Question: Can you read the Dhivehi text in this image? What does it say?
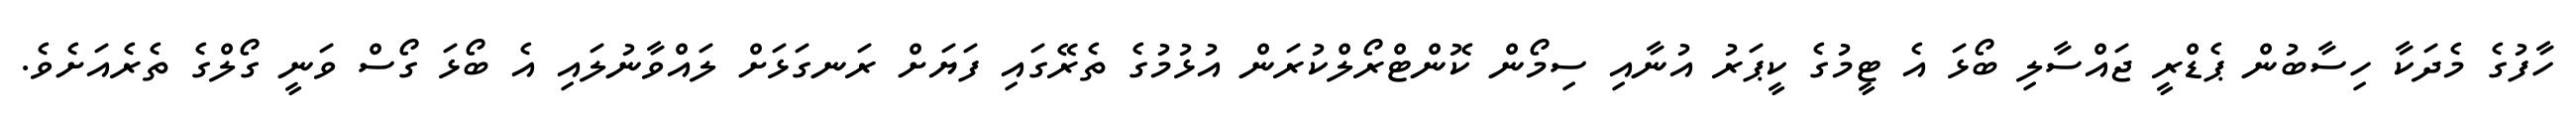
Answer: ހާފުގެ މެދަކާ ހިސާބުން ޕެޑްރީ ޖައްސާލި ބޯޅަ އެ ޓީމުގެ ކީޕަރު އުނާއި ސިމޯން ކޮންޓްރޯލްކުރަން އުޅުމުގެ ތެރޭގައި ފަޔަށް ރަނގަޅަށް ލައްވާނުލައި އެ ބޯޅަ ގޯސް ވަނީ ގޯލްގެ ތެރެއަށެވެ.